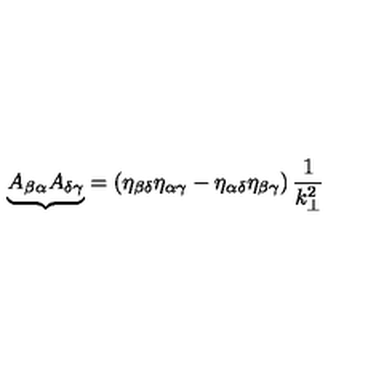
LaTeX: { \underbrace { A _ { \beta \alpha } A _ { \delta \gamma } } } = \left( \eta _ { \beta \delta } \eta _ { \alpha \gamma } - \eta _ { \alpha \delta } \eta _ { \beta \gamma } \right) \frac { 1 } { k _ { \bot } ^ { 2 } }